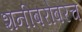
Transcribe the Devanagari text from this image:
शनीबरोबरच